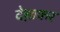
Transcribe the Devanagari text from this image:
देख़कर